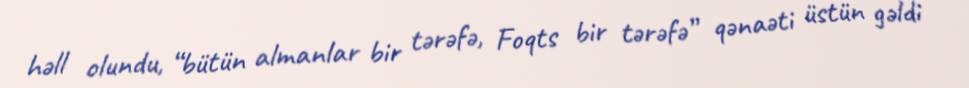
həll olundu, “bütün almanlar bir tərəfə, Foqts bir tərəfə” qənaəti üstün gəldi